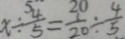
x \div \frac { 4 } { 5 } = \frac { 1 } { 2 0 } \div \frac { 4 } { 5 }